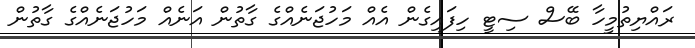
ރައްޔިތުމީހާ ބޭސް ސިޓީ ހިފައިގެން އެއް މަހުޖަނެއްގެ ގާތުން އަނެއް މަހުޖަނެއްގެ ގާތުން